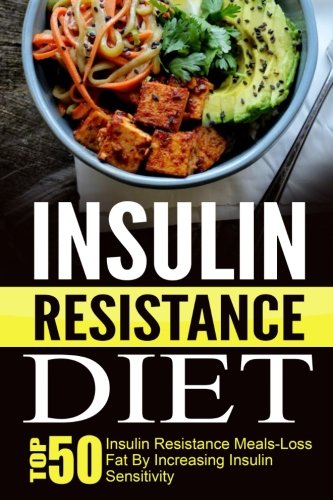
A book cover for Insulin Resistance Diet: Top 50 Insulin Resistance Meals-Loss Fat By Increasing Insulin Sensitivity (Insulin Resistance Diet, Diabetes Diet, Diabetes Type 2, Insulin Resistance Diet Cookbook); Trisha Eakman; Cookbooks, Food & Wine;